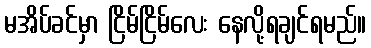
မအိပ်ခင်မှာ ငြိမ်ငြိမ်လေး နေလို့ရချင်ရမည်။